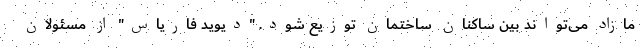
مازاد می‌تواند بین ساکنان ساختمان توزیع شود. "دیوید فاریاس" از مسئولان